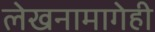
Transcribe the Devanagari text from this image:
लेखनामागेही